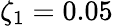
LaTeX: \zeta_{1}=0.05